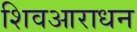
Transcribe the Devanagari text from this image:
शिवआराधन